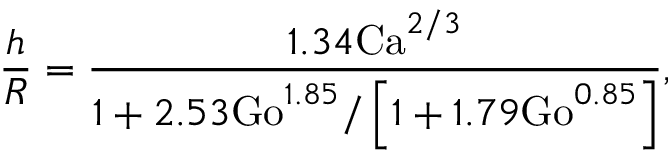
\frac { h } { R } = \frac { 1 . 3 4 \mathrm { C a } ^ { 2 / 3 } } { 1 + 2 . 5 3 \mathrm { G o } ^ { 1 . 8 5 } / \left[ 1 + 1 . 7 9 \mathrm { G o } ^ { 0 . 8 5 } \right] } ,